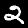
Digit: 2